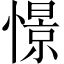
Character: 憬